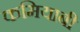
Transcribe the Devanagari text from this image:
कमियाबी